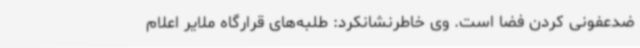
ضدعفونی کردن فضا است. وی خاطرنشانکرد: طلبه‌های قرارگاه ملایر اعلام